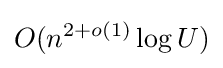
O(n^{2+o(1)}\log U)